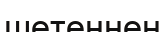
шетеннен